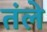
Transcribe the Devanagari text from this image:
तंले